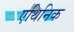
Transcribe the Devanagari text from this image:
एथिनिक